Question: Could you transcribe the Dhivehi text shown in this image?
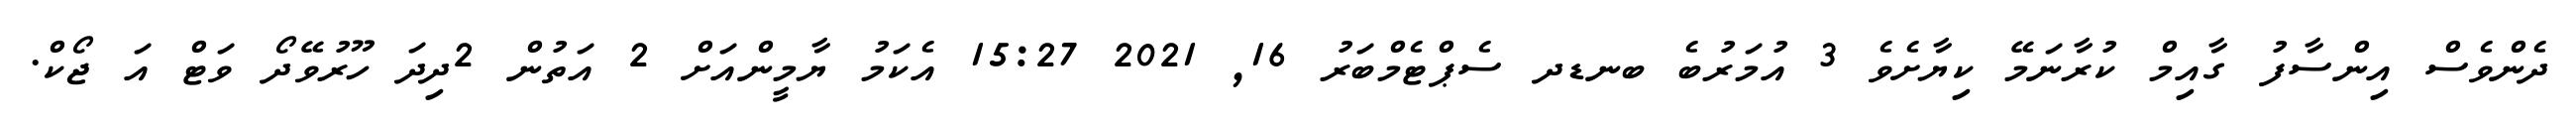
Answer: ދެންވެސް އިންސާފު ގާއިމް ކުރާނަމޭ ކިޔާށެވެ 3 އުމަރުބެ ބނޑދ ސެޕްޓެމްބަރު 16, 2021 15:27 އެކަމު ޔާމީންއަށް 2 އަތުން 2ދިދަ ހޫރުވޭދޯ ވަޓް އަ ޖޯކް.